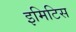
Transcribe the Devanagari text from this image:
इमिटिस